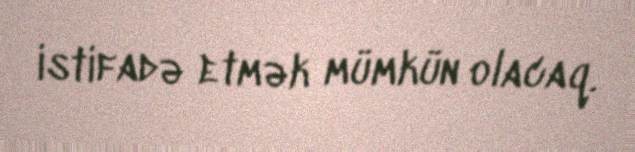
istifadə etmək mümkün olacaq.